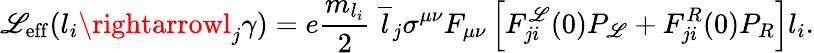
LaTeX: {\cal\mathscr{L}}_{\mathrm{{eff}}}(l_{i}\rightarrowl_{j}\gamma)=e\frac{{m_{l_{i}}}}{{2}}~\overline{{{{l}}}}_{j}\sigma^{\mu\nu}F_{\mu\nu}\left[F_{ji}^{\mathscr{L}}(0)P_{\mathscr{L}}+F_{ji}^{R}(0)P_{R}\right]l_{i}.